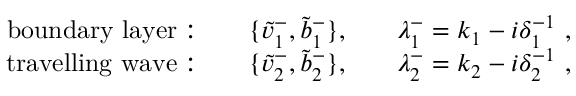
\begin{array} { r l r l r } { \mathrm { b o u n d a r y ~ l a y e r : } } & { } & { \{ \tilde { v } _ { 1 } ^ { - } , \tilde { b } _ { 1 } ^ { - } \} , } & { } & { \lambda _ { 1 } ^ { - } = k _ { 1 } - i \delta _ { 1 } ^ { - 1 } ~ , } \\ { \mathrm { t r a v e l l i n g ~ w a v e : } } & { } & { \{ \tilde { v } _ { 2 } ^ { - } , \tilde { b } _ { 2 } ^ { - } \} , } & { } & { \lambda _ { 2 } ^ { - } = k _ { 2 } - i \delta _ { 2 } ^ { - 1 } ~ , } \end{array}